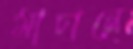
মাচানে